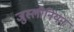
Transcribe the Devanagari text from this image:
जुस्लीनियन